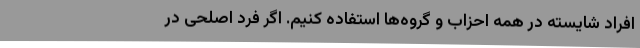
افراد شایسته در همه احزاب و گروه‌ها استفاده کنیم. اگر فرد اصلحی در